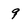
Character: 9